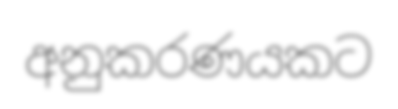
අනුකරණයකට